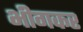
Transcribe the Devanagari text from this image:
भीगकर